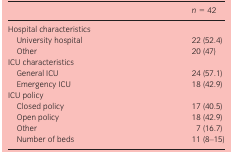
<table><thead><tr><td></td><td><b><i>n</i> = 42</b></td></tr></thead><tbody><tr><td colspan="2">Hospital characteristics</td></tr><tr><td>University hospital</td><td>22 (52.4)</td></tr><tr><td>Other</td><td>20 (47)</td></tr><tr><td colspan="2">ICU characteristics</td></tr><tr><td>General ICU</td><td>24 (57.1)</td></tr><tr><td>Emergency ICU</td><td>18 (42.9)</td></tr><tr><td colspan="2">ICU policy</td></tr><tr><td>Closed policy</td><td>17 (40.5)</td></tr><tr><td>Open policy</td><td>18 (42.9)</td></tr><tr><td>Other</td><td>7 (16.7)</td></tr><tr><td>Number of beds</td><td>11 (8–15)</td></tr></tbody></table>